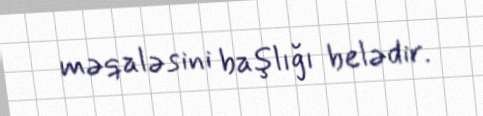
məqaləsini başlığı belədir.